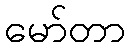
မော်တာ